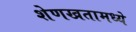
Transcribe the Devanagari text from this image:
शेणखतामध्ये